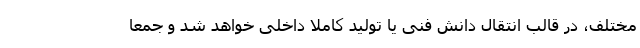
مختلف، در قالب انتقال دانش فنی یا تولید کاملا داخلی خواهد شد و جمعا